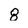
Character: 8